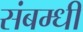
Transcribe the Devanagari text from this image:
संबम्धी